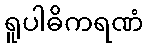
ရူပါဓိကရဏံ